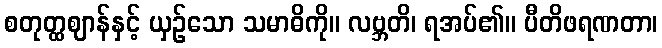
စတုတ္ထဈာန်နှင့် ယှဉ်သော သမာဓိကို။ လဗ္ဘတိ၊ ရအပ်၏။ ပီတိဖရဏတာ၊